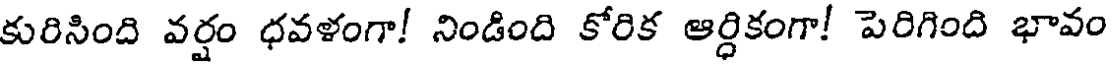
కురిసింది వర్షం ధవళంగా! నిండింది కోరిక ఆర్ధికంగా! పెరిగింది భావం